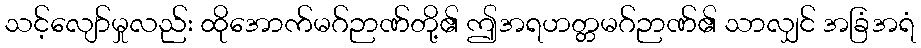
သင့်လျော်မှုလည်း ထိုအောက်မဂ်ဉာဏ်တို့၏ ဤအရဟတ္တမဂ်ဉာဏ်၏ သာလျှင် အခြံအရံ